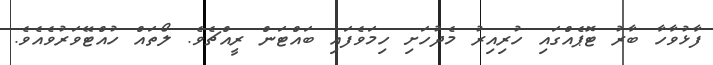
ފާޅުވާހާ ބާރު ޓޮޕެއްގައި ހުރިއިރު މެދުހަށި ހިމަވެފައި ބައްޓަން ރީއްޗެވެ. ލޯތައް ހުއްޓޭވަރުވެއެވެ.